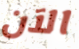
الآن